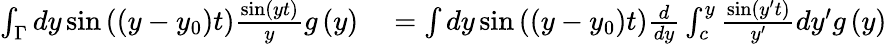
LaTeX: \begin{array}{rl}{\int_{\Gamma}dy\sin\left(\left(y-y_{0}\right)t\right)\frac{\sin\left(yt\right)}{y}g\left(y\right)}&{{}=\int dy\sin\left(\left(y-y_{0}\right)t\right)\frac{d}{dy}\int_{c}^{y}\frac{\sin\left(y^{\prime}t\right)}{y^{\prime}}dy^{\prime}g\left(y\right)}\end{array}